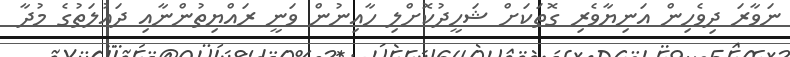
ނަވާރަ ދިވެހިން އަނިޔާވެރި ގޮތަކަށް ޝަހީދުކޮށްލި ހާއިނުން ވަނީ ރައްޔިތުންނާއި ދައުލަތުގެ މުދާ